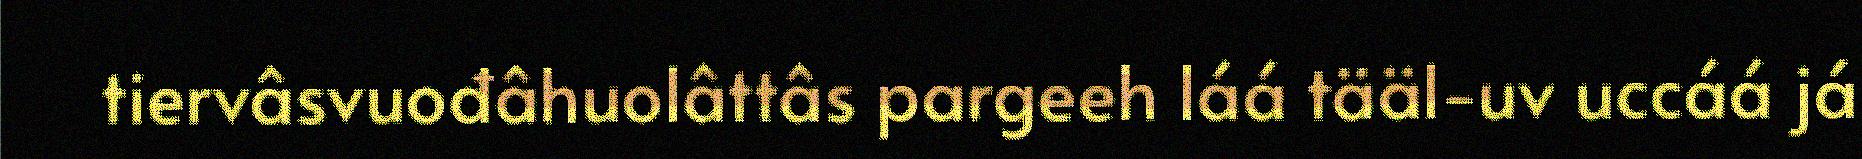
tiervâsvuođâhuolâttâs pargeeh láá tääl-uv uccáá já